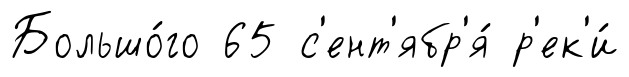
Большо́го 65 с'ент'ябр'я́ р'ек'и́